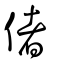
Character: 偖